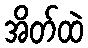
အိတ်ထဲ